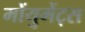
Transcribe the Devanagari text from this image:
मोंयुमेंट्स